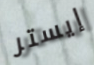
إيستر